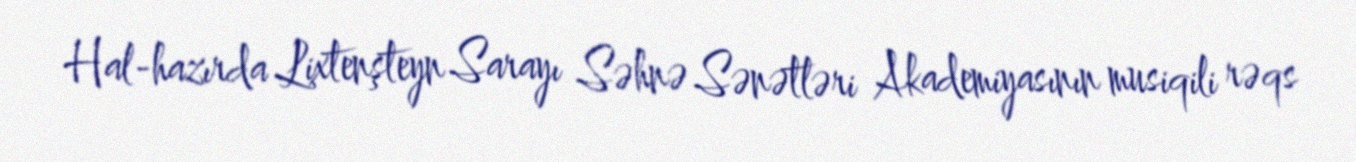
Hal-hazırda Lixtenşteyn Sarayı Səhnə Sənətləri Akademiyasının musiqili rəqs